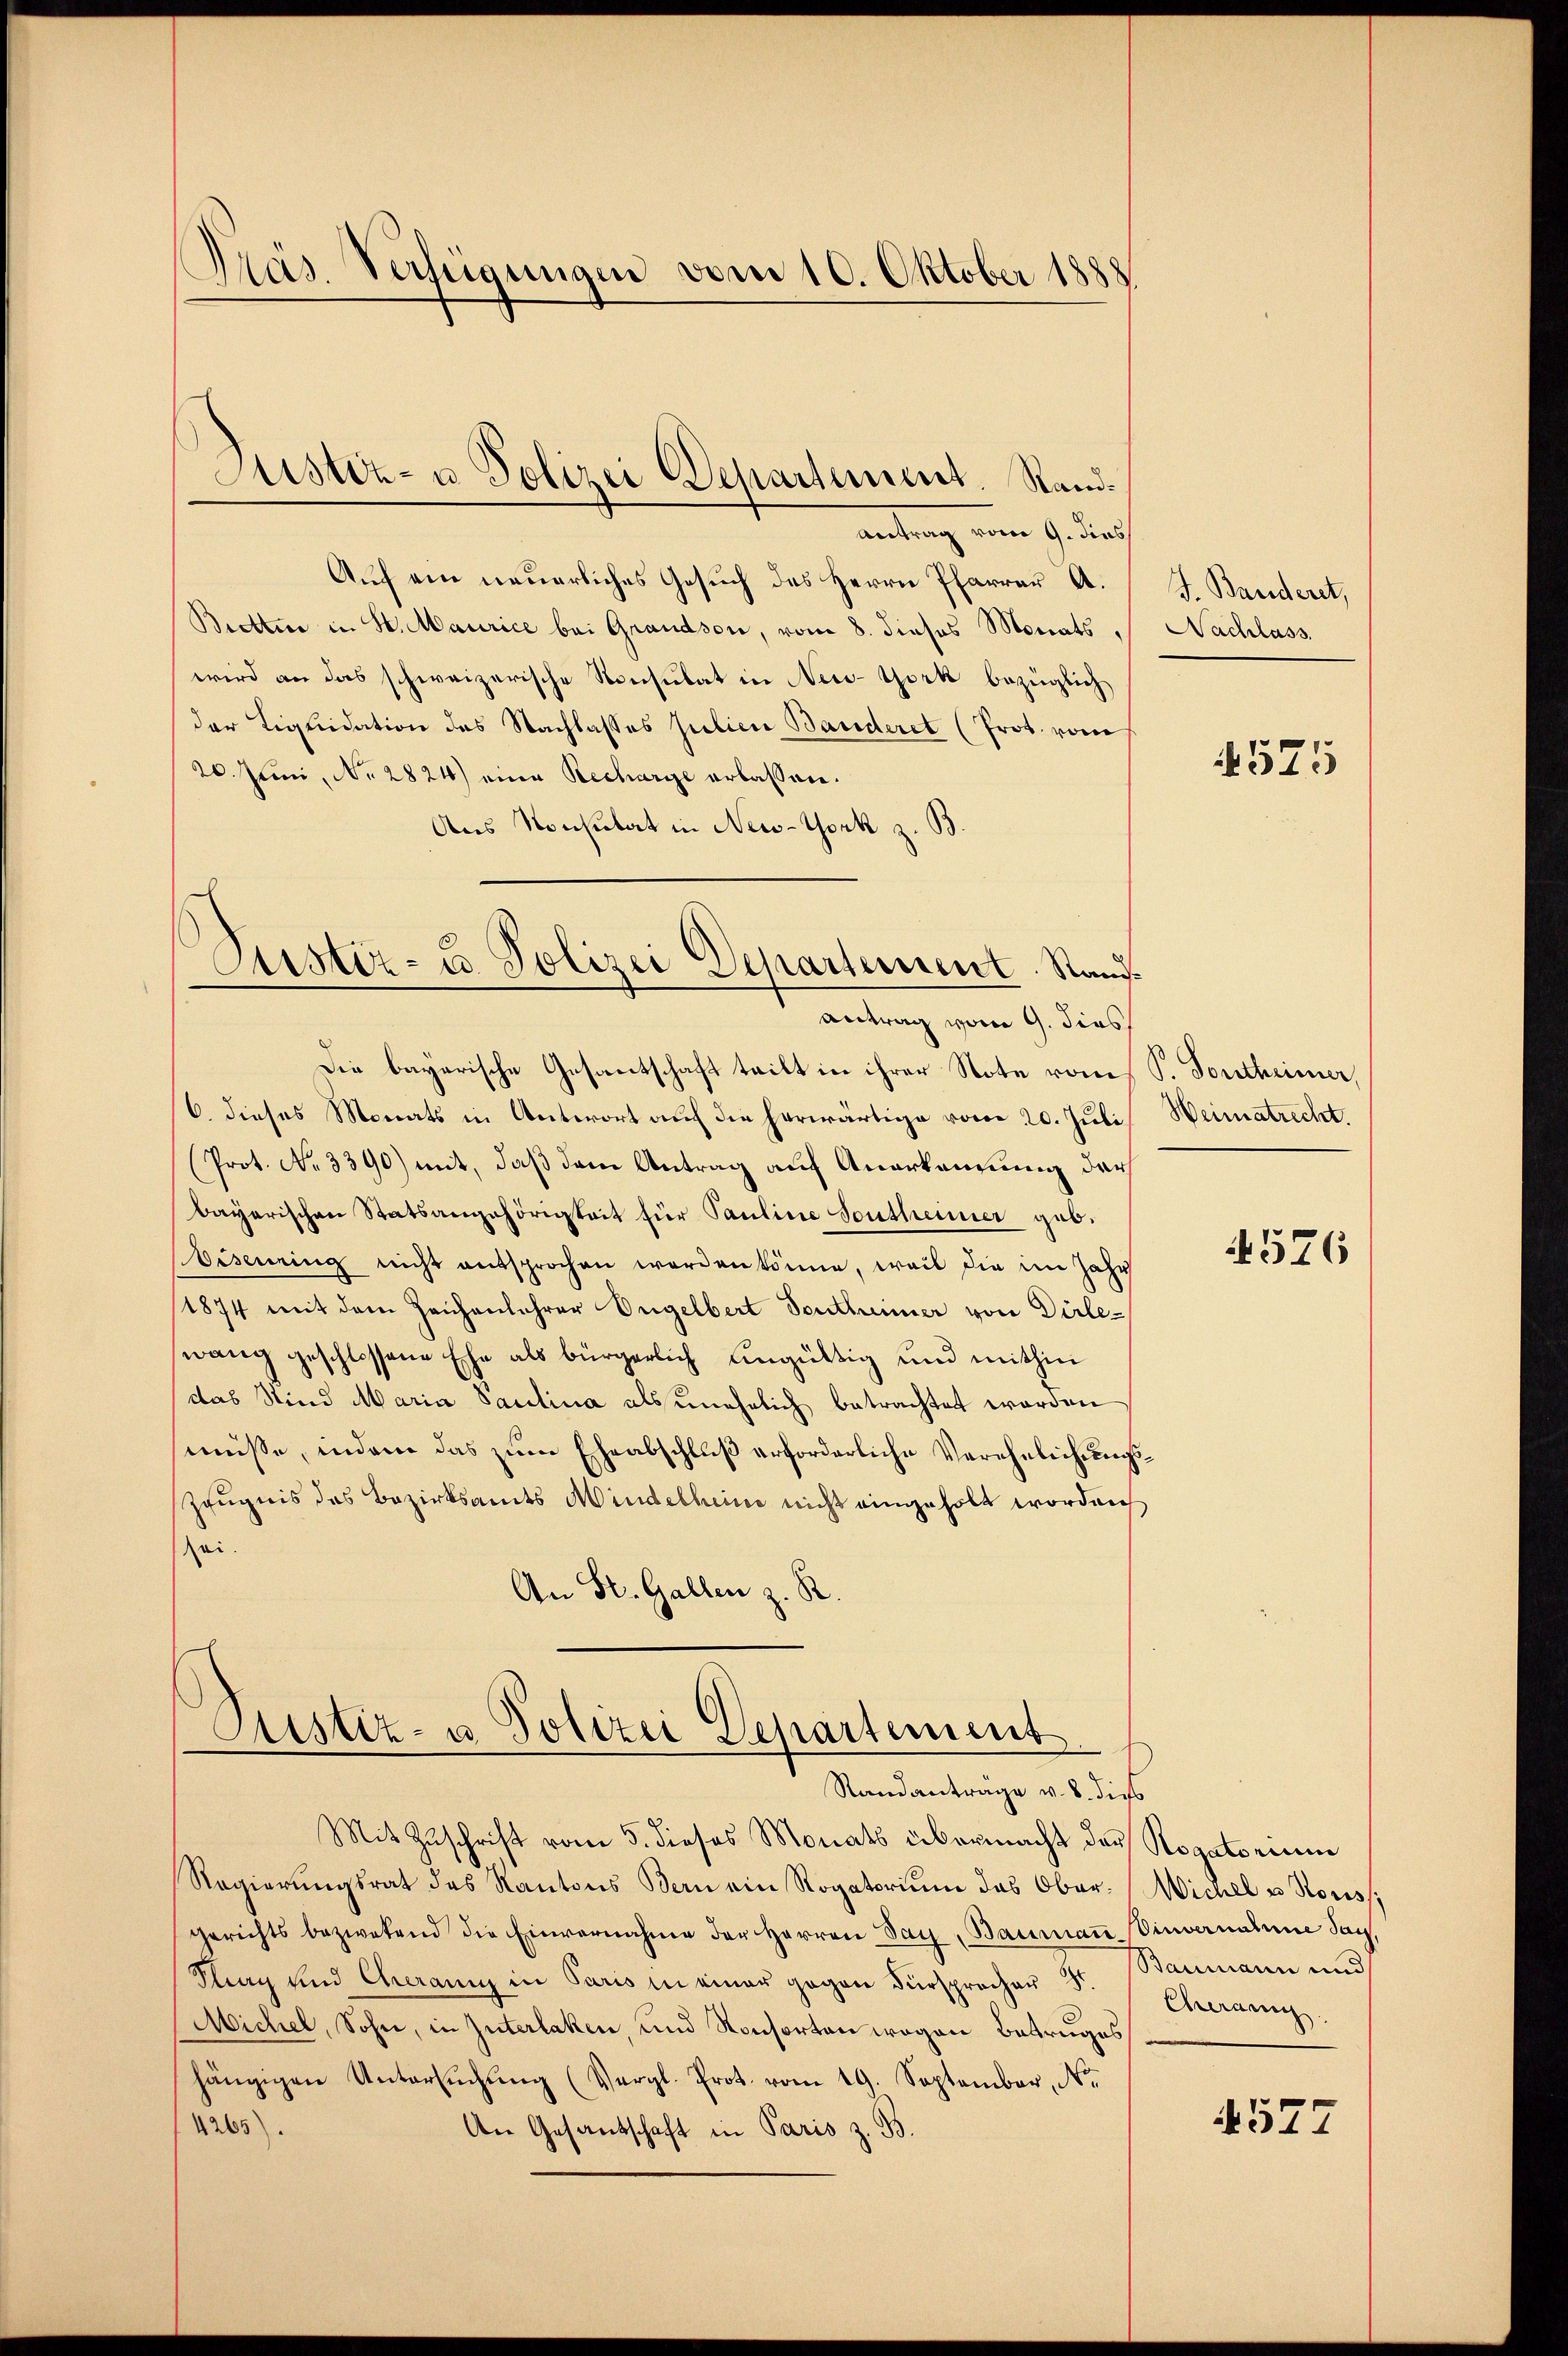
Präs. Verfügungen vom 10. Oktober 1888

antrag vom 9. durch
Auf ein neuerliches Gesuch des Herrn Pfarrer A. J. Banderet,
Brettere in St. Maurice bei Grandson, vom 8. dieses Monats Nachlass.
wird an das schweizerische Konsulat in New-York bezüglich
der Liquidation des Nachlasses Julien Banderet (Prot. vom
20. Juni, No. 2824) eine Recharge erlassen.
Aus Konsulat in New-York z. B.
Antrag vom 9. dies
Die bayerische Gesantschaft teilt in ihrer Note vom
C. dieses Monats in Antwort auf die herwärtige vom 20. Juli Weimatrecht.
Prot. No 3390) mit, daß dem Antrag auf Anerkennung der
bayerischen Statsangehörigkeit für Pauline Sontheimer geb.
Bisening nicht entsprochen worden könne, weil die im Jahr
(1874 mit dem Zeichenlehrer Engelbert Sontheimer von Dirle-
wang geschlossene Ehe als bürgerlich ungültig und mithin
das Sind Maria Saulina als unehelich betrachtet worden
müsse, indem das zŭm Eheabschluß erforderliche Vereheleihungszeŭgnis das Bezirksamts Mindelheime nicht eingeholt worden
sei.
An St. Gallen z. R.

Justiz- u Polizei Departement. Stand¬

Austiz- u. Polizei Departement. Stand¬

Justiz- u Polizei Departement
Standantrage v. 8. dies

Mit Zŭschrift vom 5. dieses Monats übermacht des Rogatorinne
Regierungsrat des Kantons Bern ein Rogatorium das Obergerichts bezwetend die Einvernahme der Herren Sag, Baumann Vinvernahme Say,
Kling und Cheranng in Paris in einer gegen Fürsprechen St. Baumann und
Michel, Sohn, in Güterlaken, und Konsorten wegen Betruges
hängigen Untersŭchŭng (Vergl. Prot. vom 19. September, No.
1263)
An Gesandschaft in Paris z. B.

575

Sontheimer,

4576

Wichel u Nouiss
Cherang

4577